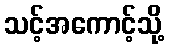
သင့်အကောင့်သို့